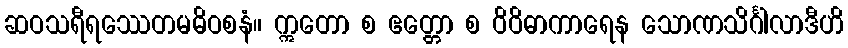
ဆဝသရီရဿေတမဓိဝစနံ။ ဣတော စ ဧတ္တော စ ဝိဝိဓာကာရေန သောဏသိင်္ဂါလာဒီဟိ